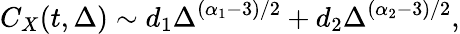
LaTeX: C_{X}(t,\Delta)\sim d_{1}\Delta^{(\alpha_{1}-3)/2}+d_{2}\Delta^{(\alpha_{2}-3)/2},